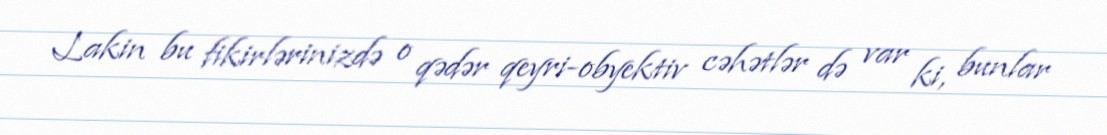
Lakin bu fikirlərinizdə o qədər qeyri-obyektiv cəhətlər də var ki, bunlar